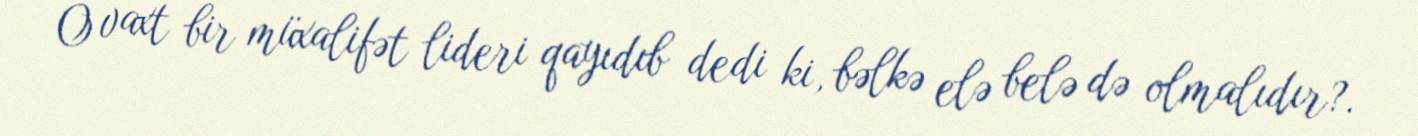
O vaxt bir müxalifət lideri qayıdıb dedi ki, bəlkə elə belə də olmalıdır?.